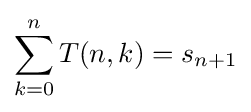
\sum _{k=0}^{n}T(n,k)=s_{n+1}